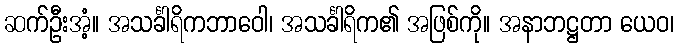
ဆက်ဦးအံ့။ အသင်္ခါရိကဘာဝေါ၊ အသင်္ခါရိက၏ အဖြစ်ကို။ အနာဘဋ္ဌတာ ယေဝ၊